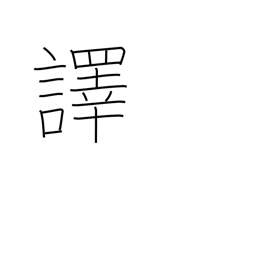
Meaning: translate